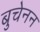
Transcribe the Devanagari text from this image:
बुचेनन